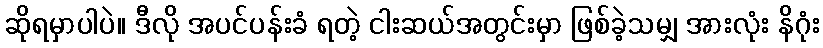
ဆိုရမှာပါပဲ။ ဒီလို အပင်ပန်းခံ ရတဲ့ ငါးဆယ်အတွင်းမှာ ဖြစ်ခဲ့သမျှ အားလုံး နိဂုံး